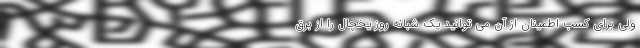
ولی برای کسب اطمینان از آن می توانید یک شبانه روز یخچال را از برق